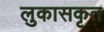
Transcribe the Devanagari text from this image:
लुकासकृत